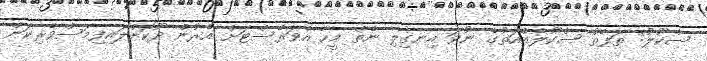
ސްކޫލު: ތަފާތު ސްކޫލެއްއަތުގެ ނުވަ އިނގިލި ނެތް މީހާ އެވަރެސްޓަށް އެރުން ދޫކޮށްލައިފިމަސްވެރިކަން